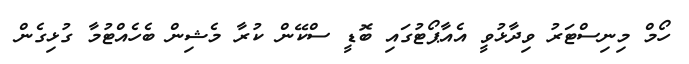
ހޯމް މިނިސްޓަރު ވިދާޅުވީ އެއާޕޯޓުގައި ބޮޑީ ސްކޭން ކުރާ މެޝިން ބެހެއްޓުމާ ގުޅިގެން